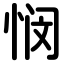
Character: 悯